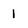
Character: 1